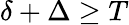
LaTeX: \delta+\Delta\geq T